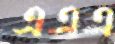
এএএ